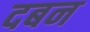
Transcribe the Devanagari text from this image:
दबन